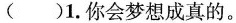
( )1. 你会梦想成真的。